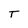
Character: T